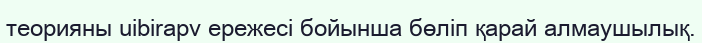
теорияны uibirapv ережесі бойынша бөліп қарай алмаушылық.